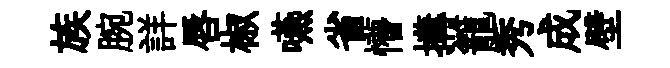
族腕詳唇椒嚥省懵搆籠秀成壁